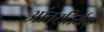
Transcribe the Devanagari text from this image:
आंतरतिर्यक्‌